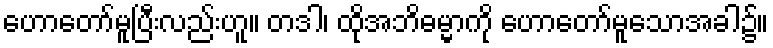
ဟောတော်မူပြီးလည်းဟူ။ တဒါ၊ ထိုအဘိဓမ္မာကို ဟောတော်မူသောအခါ၌။